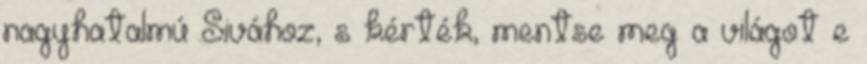
nagyhatalmú Sivához, s kérték, mentse meg a világot e